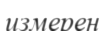
измерен